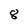
Character: 8